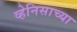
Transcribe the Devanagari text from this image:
व्हेनिसाच्या